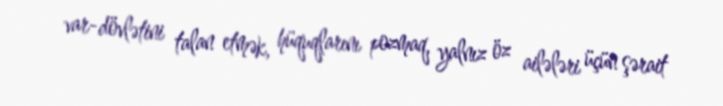
var-dövlətini talan etmək, hüquqlarını pozmaq, yalnız öz ailələri üçün şərait